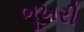
ભૂખરી